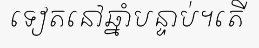
ទៀតនៅឆ្នាំបន្ទាប់។តើ